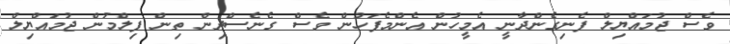
ވެސް ޖުމައްޔިލް ފެނިގެންދާނީ އެމީހުން އެންމެފަހުން ވެސް ގެނެސްދިން ތިން ފިލްމުން ޖުމައްޔިލް